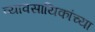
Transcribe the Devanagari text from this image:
व्यावसायिकांच्या